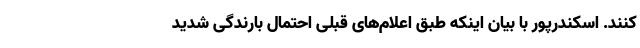
کنند. اسکندرپور با بیان اینکه طبق اعلام‌های قبلی احتمال بارندگی شدید